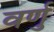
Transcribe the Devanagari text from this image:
वर्णु